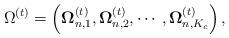
LaTeX: \begin{align*} \Omega^{(t)}=\left(\mathbf{\Omega}_{n,1}^{(t)},\mathbf{\Omega}_{n,2}^{(t)},\cdots,\mathbf{\Omega}_{n,K_c}^{(t)}\right), \end{align*}